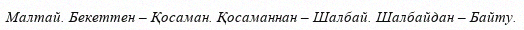
Малтай. Бекеттен – Қосаман. Қосаманнан – Шалбай. Шалбайдан – Байту.